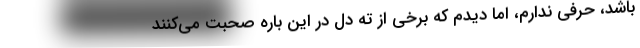
باشد، حرفی ندارم، اما دیدم که برخی از ته دل در این باره صحبت می‌کنند